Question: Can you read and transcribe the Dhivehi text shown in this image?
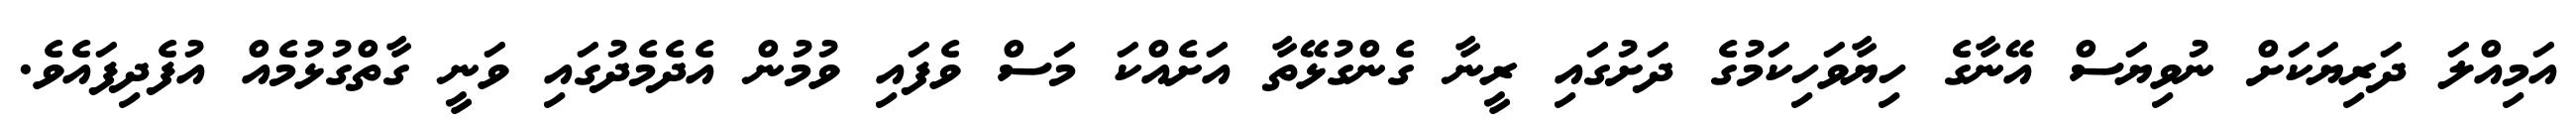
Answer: އަމިއްލަ ދަރިޔަކަށް ނުވިޔަސް އޭނާގެ ހިޔާވަހިކަމުގެ ދަށުގައި ރީނާ ގެންގުޅޭތާ އަށެއްކަ މަސް ވެފައި ވުމުން އެދެމެދުގައި ވަނީ ގާތްގުޅުމެއް އުފެދިފައެވެ.